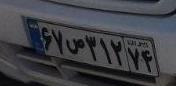
۶۷ص۳۱۲۷۴